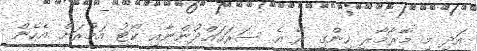
އަދި މި މާރާމާރީ ހިންގި ރޭ އެ ސަރަހައްދުންނާއި ކޯޓު އަމުރަށް އެހެން